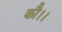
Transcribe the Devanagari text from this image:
कौ।।